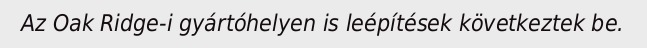
Az Oak Ridge-i gyártóhelyen is leépítések következtek be.